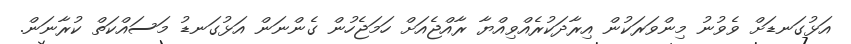
އަޅުގަނޑަށް ވެވުނު މިންވަރަކުން އިރާދަކުރެއްވިއްޔާ ރާއްޖެއަށް ހަމަޖެހުން ގެންނަން އަޅުގަނޑު މަސައްކަތް ކުރާނަން.